Code of medical and sanitary regulations for the guidance of medical officers serving in the Madras Presidency - Volume I
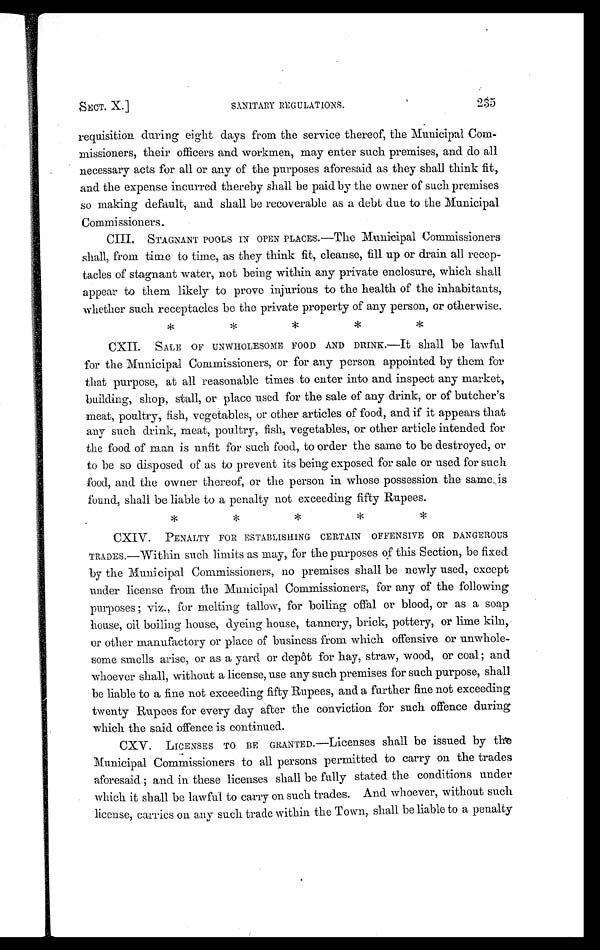
SECT. X.]
SANITARY REGULATIONS.
2 3 5
requisition during eight days from the service thereof, the Municipal Com-
missioners, their officers and workmen, may enter such premises, and do all
necessary acts for all or any of the purposes aforesaid as they shall think fit,
and the expense incurred thereby shall be paid by the owner of such premises
so making default, and shall be recoverable as a debt due to the Municipal
Commissioners.
CIII. STAGNANT POOLS IN OPEN PLACES.—The Municipal Commissioners
shall, from time to time, as they think fit, cleanse, fill up or drain all recep-
tacles of stagnant water, not being within any private enclosure, which shall
appear to them likely to prove injurious to the health of the inhabitants,
whether such receptacles be the private property of any person, or otherwise.
* * * * *
CXII. SALE OF UNWHOLESOME FOOD AND DRINK.—It shall be lawful
for the Municipal Commissioners, or for any person appointed by them for
that purpose, at all reasonable times to enter into and inspect any market,
building, shop, stall, or place used for the sale of any drink, or of butcher's
meat, poultry, fish, vegetables, or other articles of food, and if it appears that
any such drink, meat, poultry, fish, vegetables, or other article intended for
the food of man is unfit for such food, to order the same to be destroyed, or
to be so disposed of as to prevent its being exposed for sale or used for such
food, and the owner thereof, or the person in whose possession the same is
found, shall be liable to a penalty not exceeding fifty Rupees.
* * * * *
CXIV. PENALTY FOR ESTABLISHING CERTAIN OFFENSIVE OR DANGEROUS
TRADES.—Within such limits as may, for the purposes of this Section, be fixed
by the Municipal Commissioners, no premises shall be newly used, except
under license from the Municipal Commissioners, for any of the following
purposes viz., for melting tallow, for boiling offal or blood, or as a soap
house, oil boiling house, dyeing house, tannery, brick, pottery, or lime kiln,
or other manufactory or place of business from which offensive or unwhole-
some smells arise, or as a yard or depôt for hay, straw, wood, or coal ; and
whoever shall, without a license, use any such premises for such purpose, shall
be liable to a fine not exceeding fifty Rupees, and a further fine not exceeding
twenty Rupees for every day after the conviction for such offence during
which the said offence is continued.
CXV. LICENSES TO BE GRANTED.—Licenses shall be issued by t
he Municipal Commissioners to all persons permitted to carry on the trades
aforesaid ; and in these licenses shall be fully stated the conditions under
which it shall be lawful to carry on such trades. And whoever, without such
license, carries on any such trade within the Town, shall be liable to a penalty